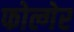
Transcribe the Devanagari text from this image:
फोल्गेर